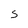
Character: S